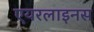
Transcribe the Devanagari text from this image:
एयरलाइनस